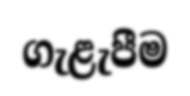
ගැළැපීම